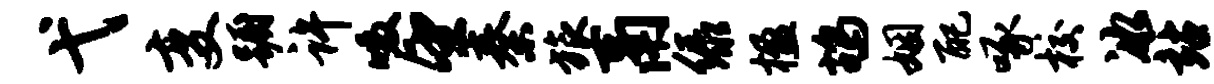
弋变蹰许啜望秦旅鬲绿楹鸪姻配啄校冰站